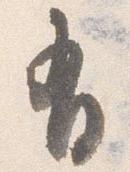
有